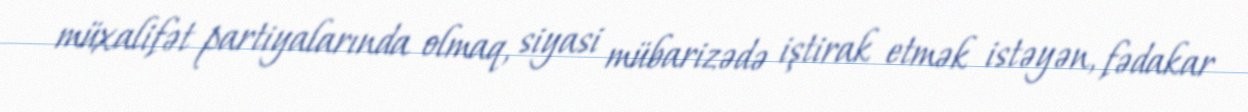
müxalifət partiyalarında olmaq, siyasi mübarizədə iştirak etmək istəyən, fədakar